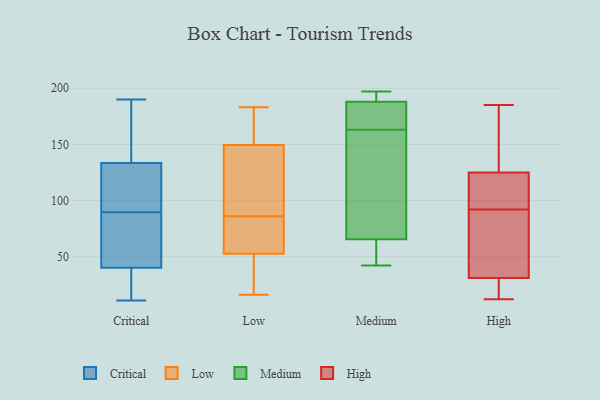
{"axis": {"x": "Demand Index", "y": "Value"}, "legend": ["Critical", "High", "Low", "Medium"], "data": [{"x": "", "y": 12, "type": "Critical"}, {"x": "", "y": 178, "type": "Critical"}, {"x": "", "y": 140, "type": "Critical"}, {"x": "", "y": 11, "type": "Critical"}, {"x": "", "y": 29, "type": "Critical"}, {"x": "", "y": 117, "type": "Critical"}, {"x": "", "y": 89, "type": "Critical"}, {"x": "", "y": 75, "type": "Critical"}, {"x": "", "y": 90, "type": "Critical"}, {"x": "", "y": 181, "type": "Critical"}, {"x": "", "y": 117, "type": "Critical"}, {"x": "", "y": 80, "type": "Critical"}, {"x": "", "y": 139, "type": "Critical"}, {"x": "", "y": 47, "type": "Critical"}, {"x": "", "y": 128, "type": "Critical"}, {"x": "", "y": 80, "type": "Critical"}, {"x": "", "y": 190, "type": "Critical"}, {"x": "", "y": 101, "type": "Critical"}, {"x": "", "y": 30, "type": "Critical"}, {"x": "", "y": 33, "type": "Critical"}, {"x": "", "y": 175, "type": "Low"}, {"x": "", "y": 16, "type": "Low"}, {"x": "", "y": 69, "type": "Low"}, {"x": "", "y": 36, "type": "Low"}, {"x": "", "y": 48, "type": "Low"}, {"x": "", "y": 81, "type": "Low"}, {"x": "", "y": 57, "type": "Low"}, {"x": "", "y": 116, "type": "Low"}, {"x": "", "y": 126, "type": "Low"}, {"x": "", "y": 23, "type": "Low"}, {"x": "", "y": 150, "type": "Low"}, {"x": "", "y": 183, "type": "Low"}, {"x": "", "y": 149, "type": "Low"}, {"x": "", "y": 125, "type": "Low"}, {"x": "", "y": 24, "type": "Low"}, {"x": "", "y": 66, "type": "Low"}, {"x": "", "y": 162, "type": "Low"}, {"x": "", "y": 91, "type": "Low"}, {"x": "", "y": 78, "type": "Low"}, {"x": "", "y": 171, "type": "Low"}, {"x": "", "y": 51, "type": "Medium"}, {"x": "", "y": 194, "type": "Medium"}, {"x": "", "y": 44, "type": "Medium"}, {"x": "", "y": 193, "type": "Medium"}, {"x": "", "y": 197, "type": "Medium"}, {"x": "", "y": 130, "type": "Medium"}, {"x": "", "y": 173, "type": "Medium"}, {"x": "", "y": 42, "type": "Medium"}, {"x": "", "y": 109, "type": "Medium"}, {"x": "", "y": 165, "type": "Medium"}, {"x": "", "y": 163, "type": "Medium"}, {"x": "", "y": 110, "type": "High"}, {"x": "", "y": 21, "type": "High"}, {"x": "", "y": 67, "type": "High"}, {"x": "", "y": 170, "type": "High"}, {"x": "", "y": 21, "type": "High"}, {"x": "", "y": 95, "type": "High"}, {"x": "", "y": 41, "type": "High"}, {"x": "", "y": 127, "type": "High"}, {"x": "", "y": 12, "type": "High"}, {"x": "", "y": 185, "type": "High"}, {"x": "", "y": 89, "type": "High"}, {"x": "", "y": 123, "type": "High"}]}